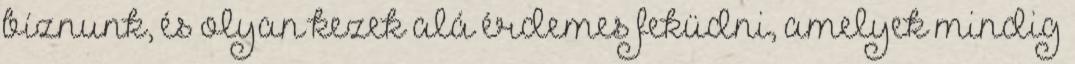
bíznunk, és olyan kezek alá érdemes feküdni, amelyek mindig